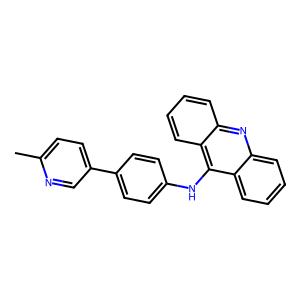
SMILES: Cc1ccc(-c2ccc(Nc3c4ccccc4nc4ccccc34)cc2)cn1
Inhibits HIV replication: No